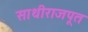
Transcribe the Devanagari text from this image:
साथीराजपूत